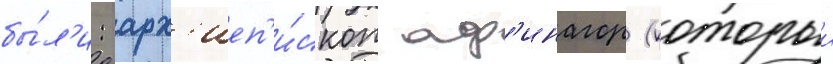
бы́л'и: арх'иеп'и́скоп аф'инагор (которыи